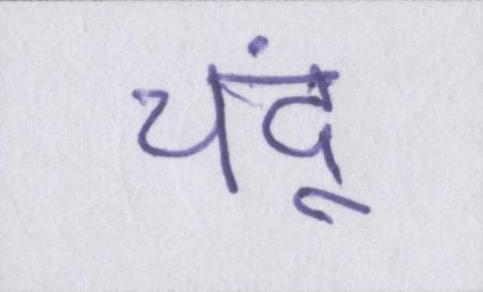
चंदू